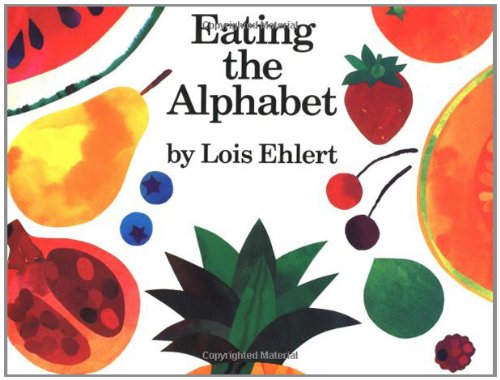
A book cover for Eating the Alphabet; Lois Ehlert; Reference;